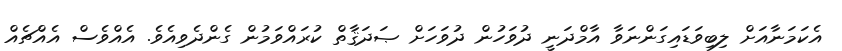
އެކަމަނާއަށް ލިބިވަޑައިގަންނަވާ އާމްދަނީ ދުވަހުން ދުވަހަށް ޞަދަޤާތް ކުރައްވަމުން ގެންދެވިއެވެ. އެއްވެސް އެއްޗެއް